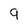
Character: 9